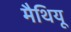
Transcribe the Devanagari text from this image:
मैथियू